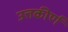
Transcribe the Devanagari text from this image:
उत्तकीर्ण